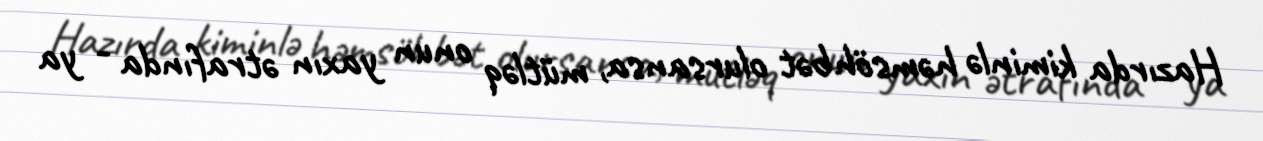
Hazırda kiminlə həmsöhbət olursansa, mütləq onun yaxın ətrafında - ya